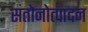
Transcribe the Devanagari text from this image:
संतोनोत्पादन